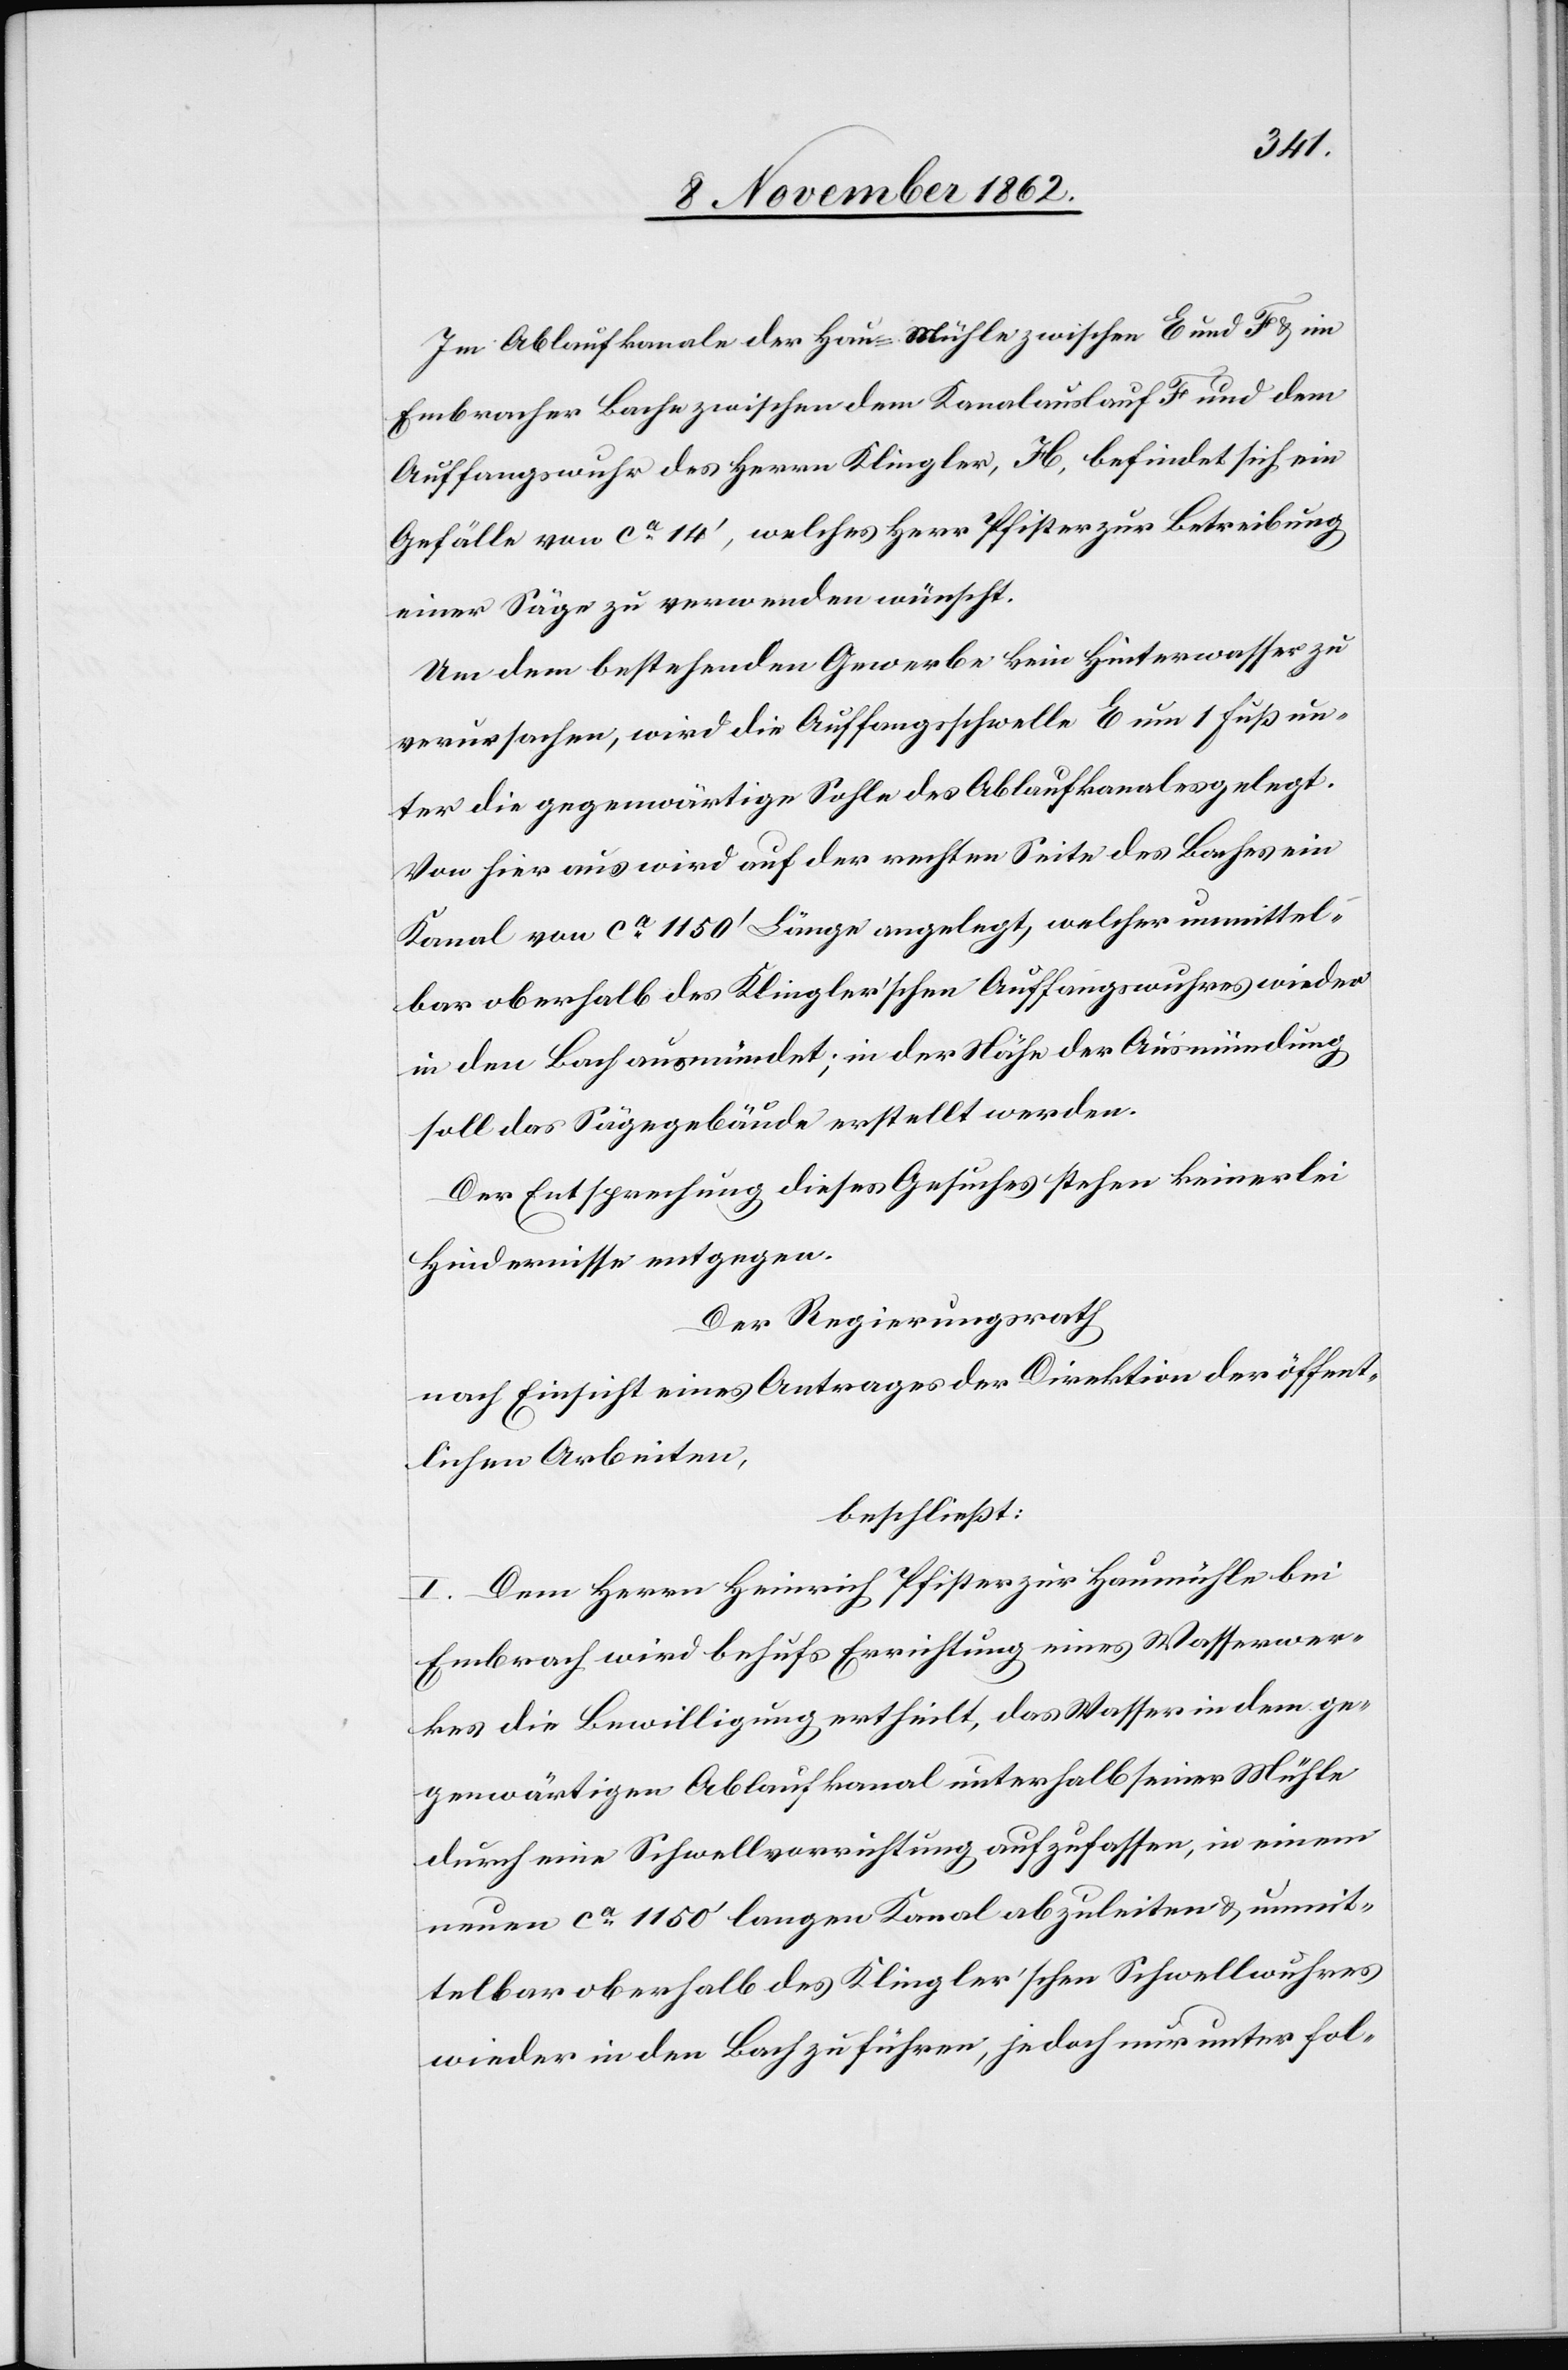
Im Ablaufkanale der Hau-Mühle zwischen E und F u. im
Embracher Bache zwischen dem Kanalauslauf F und dem
Auffangswuhr des Herrn Klingler, H, befindet sich ein
Gefälle von ca 14’, welches Herr Pfister zur Betreibung
einer Säge zu verwenden wünscht.
Um dem bestehenden Gewerbe kein Hinterwasser zu
verursachen, wird die Auffangsschwelle E um 1 Fuß un¬
ter die gegenwärtige Sohle des Ablaufkanales gelegt.
Von hier aus wird auf der rechten Seite des Baches ein
Kanal von ca 1150’ Länge angelegt, welcher unmittel¬
bar oberhalb des Klinger’schen Auffangswuhres wieder
in den Bach ausmündet; in der Nähe der Ausmündung
soll das Sägegebäude erstellt werden.
Der Entsprechung dieses Gesuches stehen keinerlei
Hindernisse entgegen.
Der Regierungsrath
nach Einsicht eines Antrages der Direktion der öffent¬
lichen Arbeiten,
beschließt:
I. Dem Herrn Heinrich Pfister zur Haumühle bei
Embrach wird behufs Errichtung eines Wasserwer¬
kes die Bewilligung ertheilt, das Wasser in dem ge¬
genwärtigen Ablaufkanal unterhalb seiner Mühle
durch eine Schwellvorrichtung aufzufassen, in einem
neuen ca 1150’ langen Kanal abzuleiten u. unmit¬
telbar oberhalb des Klingler’schen Schwellwuhres
wieder in den Bach zu führen, jedoch nur unter fol-